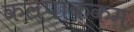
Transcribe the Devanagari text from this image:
कलपाक्कम